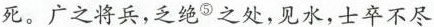
死。广之将兵，之绝^{⑤}之处，见水，士卒不尽